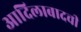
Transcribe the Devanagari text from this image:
आदिलाबादची